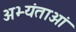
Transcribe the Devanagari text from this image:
अभ्यंताओं